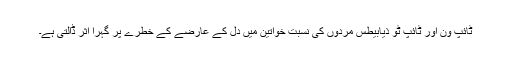
ٹائپ ون اور ٹائپ ٹو ذیابیطس مردوں کی نسبت خواتین میں دل کے عارضے کے خطرے پر گہرا اثر ڈالتی ہے۔